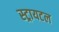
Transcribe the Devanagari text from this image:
स्ट्रायटल